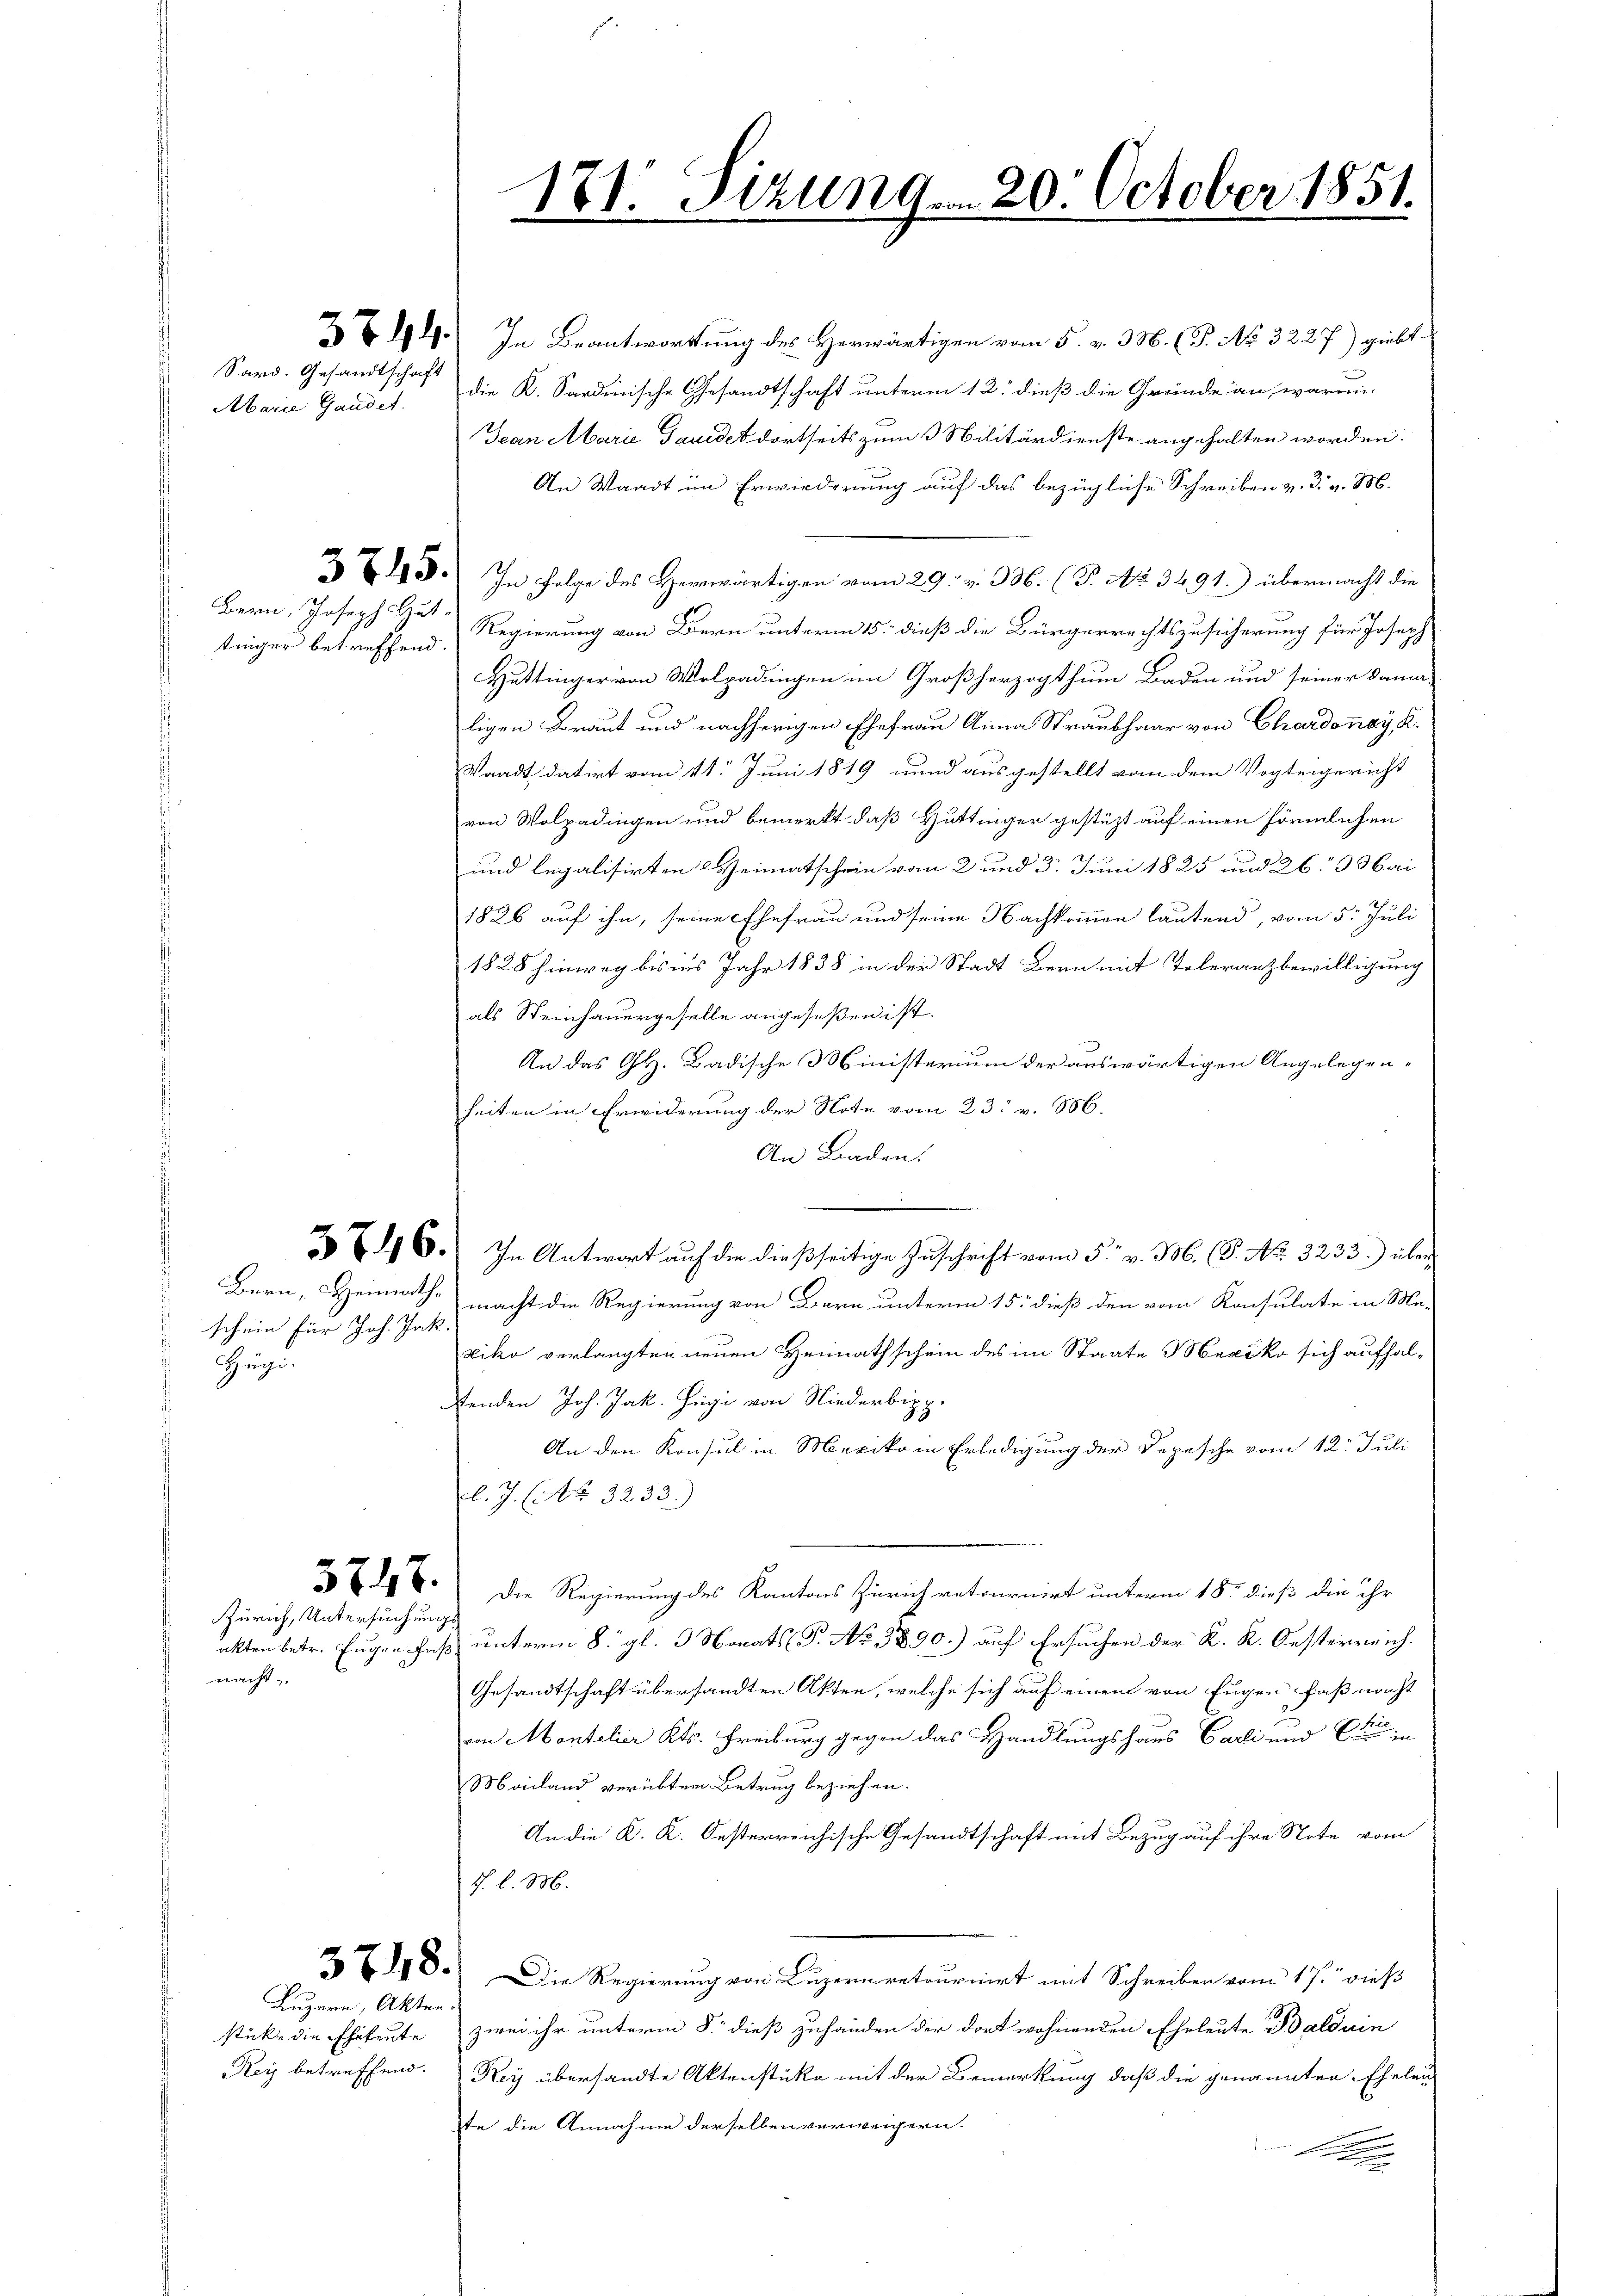
Sard. Gesandtschaft
Abarie Gandet.

Bern, Joseph Hut
tinger betreffend.

schein für Joh. Jak.
Hegi.

5747.

Zürich, Untersuchungs
nacht

Luzern, Akten.

191. In Beantwortung des Herwärtigen vom 5. v. 3. M. (T. No 3227) giebt
2
die K. Sardinische Gesandtschaft unterm 12. dieß die Gründe an, waren-
Jean Marie Davidet dortseits zum 3 Militärdienste angehalten worden.
An Waadt im Erwiederung auf das bezügliche Schreiben v. 3. v. M.
343. In Folge des Herrwärtigen vom 29. v. 3. (T. No 3491.) übermacht die
Regierung von Bern unterm 15. dieß die Bürgerrechtszusicherung für Joseph
Hüttinger von Wolgadingen im Großherzogthum Baden und seiner damaligen Braut und nachherigen Ehefrau Anna Straubhaar von Chardonay, K.
Waadt datirt vom 11. Juni 1819 und ausgestellt von dem Vogteigericht
von Wolgadingen und bemerkt, daß Hüttinger gestüzt auf einen förmlichen
und legalisirten Heimatschein vom 2 und 3. Juni 1825 und 263 Mai
1826 auf ihn, seine Ehefrau und seine Nachkommen lautend, vom 5. Juli
1828 hinweg bis ins Jahr 1838 in der Stadt Bern mit Toleranzbewilligung
als Weinhauergeselle angeseßen ist.
An das Gl. Badische Ministerium der auswärtigen Angelegenheiten in Erwiderung der Note vom 23. v. M.
An Baden.
.
246. In Antwort auf die dießseitige Zuschrift vom 5. v. M. (T. No. 3233.) über¬
Bern, Heimath macht die Regierung von Bern unterm 15. dieß den vom Konsulate in Me-
viko verlangten neuen Heimathschein des im Staate Mexiko sich aufhaltenden Joh. Jak. Hägi von Niederbipp.
An den Konsul in Mexiko in Erledigung der Depesche vom 12. Juli
l. J. C. § 3233.)
Die Regierung des Kantons Zürich retournirt unterm 18. dieß die ihr
akten betr. Eugen Faß unterm 8. gl. 3 Monats P. No 3890.) auf Ersuchen der K. K. Oesterreich¬
Gesandtschaft übersandten Akten, welche sich auf einem von Eugen Faß nacht
von Montelier Kts. Freiburg gegen das Handlungshaus Carli und Circu
Mailand verübten Betrug beziehen.
An die K. K. Oesterreichische Gesandtschaft mit Bezug auf ihre Note vom
J. l. M.
278. Die Regierung von Luzernretournirt mit Schreiben vom 17. dieß
stücke die Eheleute zwei ihr unterm 8. dieß zuhänden der dort wohnenden Eheleute Balduin
Rey betreffend. Rey übersandte Aktenstücke mit der Bemerkung, daß die genannten Eheleu
te die Annahme derselben verweigern.
d

171. Sizung. . 20. October 1851.